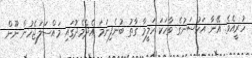
ހުރީއެވެ. އޭނާ އަހުސަނުގެ ވާހަކަ ހަލީމާ ގާތު ބުނެފިނަމަ އެދެމެދުގައި މައްސަލަޖެހުން ނޫން